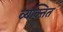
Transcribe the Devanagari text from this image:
व्यक्तित